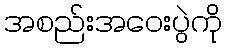
အစည်းအဝေးပွဲကို